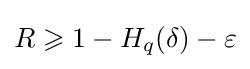
R\geqslant 1-H_{q}(\delta )-\varepsilon